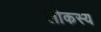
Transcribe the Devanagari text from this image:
लोकस्य